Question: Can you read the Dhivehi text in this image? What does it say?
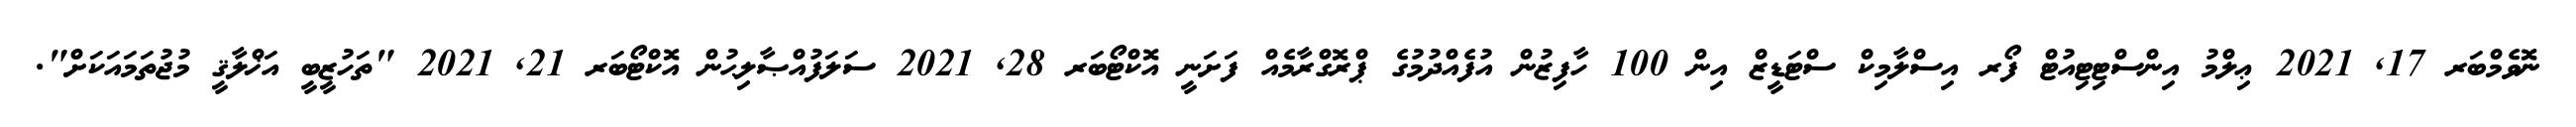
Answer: ނޮވެމްބަރ 17, 2021 ޢިލްމު އިންސްޓިޓިއުޓް ފޯރ އިސްލާމިކް ސްޓަޑީޒް އިން 100 ހާފިޒުން އުފެއްދުމުގެ ޕްރޮގްރާމެއް ފަށަނީ އޮކްޓޯބަރ 28, 2021 ސަލަފުއްޞާލިޙުން އޮކްޓޯބަރ 21, 2021 "ތަހުޒީބީ އަޚްލާޤީ މުޖުތަމައަކަށް".